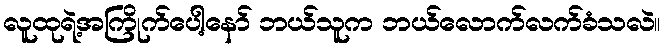
လူထုရဲ့အကြိုက်ပေါ့နော် ဘယ်သူက ဘယ်လောက်လက်ခံသလဲ။